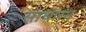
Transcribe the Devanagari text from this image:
साधारम